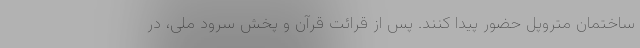
ساختمان متروپل حضور پیدا کنند. پس از قرائت قرآن و پخش سرود ملی، در